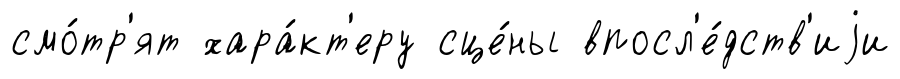
смо́тр'ят хара́кт'еру сце́ны впосл'е́дств'иjи